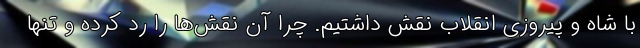
با شاه و پیروزی انقلاب نقش داشتیم. چرا آن نقش‌ها را رد کرده و تنها